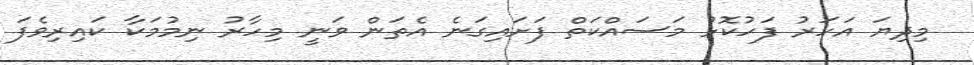
މިދިޔަ އަހަރު ފަހުކޮޅު މަސައްކަތް ފަށައިގަނެ އެތަން ވަނީ މިހާރު ނިމުމަކާ ކައިރިވެފަ